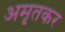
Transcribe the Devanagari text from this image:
अमृतकर